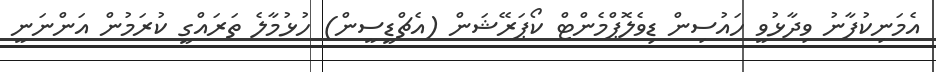
އެމަނިކުފާނު ވިދާޅުވީ ހައުސިން ޑިވެލޮޕްމެންޓް ކޯޕަރޭޝަން (އެޗްޑީސީން) ހުޅުމާލެ ތަރައްގީ ކުރަމުން އަންނަނީ